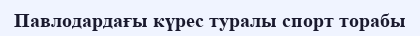
Павлодардағы күрес туралы спорт торабы